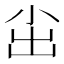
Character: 𱚤